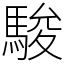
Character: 駿